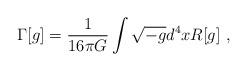
LaTeX: \begin{align*}\Gamma[g]={1 \over 16\pi G}\int \sqrt{-g}d^4x R[g]~,\end{align*}